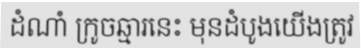
ដំណាំ ក្រូចឆ្មារនេះ មុនដំបូងយើងត្រូវ